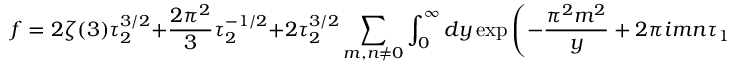
f = 2 \zeta ( 3 ) \tau _ { 2 } ^ { 3 / 2 } + { \frac { 2 \pi ^ { 2 } } { 3 } } \tau _ { 2 } ^ { - 1 / 2 } + 2 \tau _ { 2 } ^ { 3 / 2 } \sum _ { m , n \neq 0 } \int _ { 0 } ^ { \infty } d y \exp \left( - { \frac { \pi ^ { 2 } m ^ { 2 } } { y } } + 2 \pi i m n \tau _ { 1 } - y n ^ { 2 } \tau _ { 2 } ^ { 2 } \right) ,